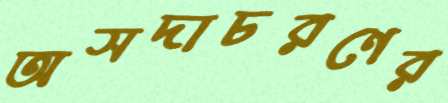
অসদাচরণের